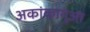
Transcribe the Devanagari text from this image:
अकांकागुआ